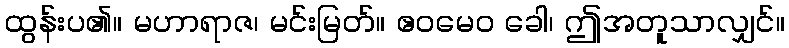
ထွန်းပ၏။ မဟာရာဇ၊ မင်းမြတ်။ ဧဝမေဝ ခေါ၊ ဤအတူသာလျှင်။